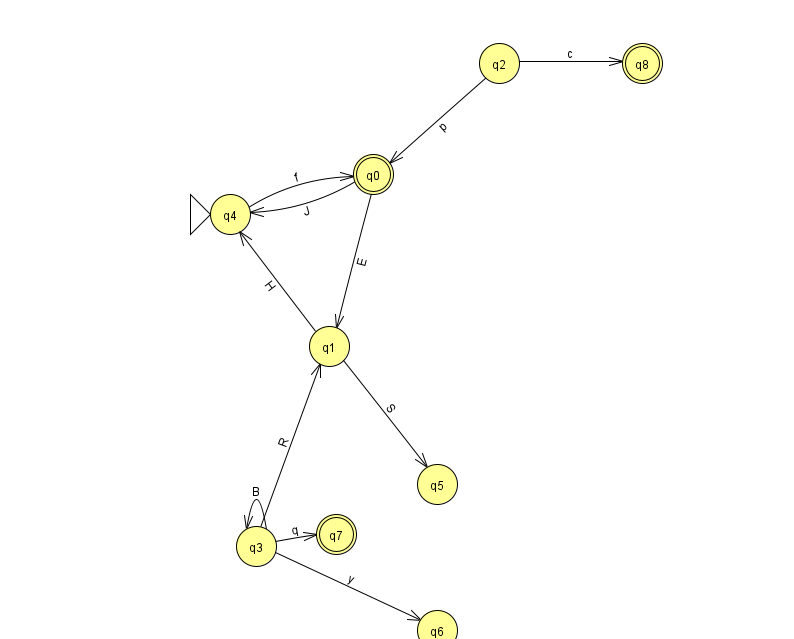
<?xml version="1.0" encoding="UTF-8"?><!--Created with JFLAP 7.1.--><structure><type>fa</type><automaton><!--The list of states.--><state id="0" name="q0"><x>373.0</x><y>161.0</y><final/></state><state id="1" name="q1"><x>329.0</x><y>333.0</y></state><state id="2" name="q2"><x>499.0</x><y>50.0</y></state><state id="3" name="q3"><x>256.0</x><y>533.0</y></state><state id="4" name="q4"><x>230.0</x><y>201.0</y><initial/></state><state id="5" name="q5"><x>437.0</x><y>471.0</y></state><state id="6" name="q6"><x>437.0</x><y>617.0</y></state><state id="7" name="q7"><x>336.0</x><y>521.0</y><final/></state><state id="8" name="q8"><x>642.0</x><y>50.0</y><final/></state><!--The list of transitions.--><transition><from>4</from><to>0</to><read>f</read></transition><transition><from>3</from><to>3</to><read>B</read></transition><transition><from>3</from><to>6</to><read>y</read></transition><transition><from>1</from><to>5</to><read>S</read></transition><transition><from>3</from><to>7</to><read>q</read></transition><transition><from>0</from><to>1</to><read>E</read></transition><transition><from>3</from><to>1</to><read>R</read></transition><transition><from>2</from><to>8</to><read>c</read></transition><transition><from>0</from><to>4</to><read>J</read></transition><transition><from>2</from><to>0</to><read>p</read></transition><transition><from>1</from><to>4</to><read>H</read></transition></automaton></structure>